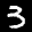
Label: 3